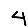
Digit: 4